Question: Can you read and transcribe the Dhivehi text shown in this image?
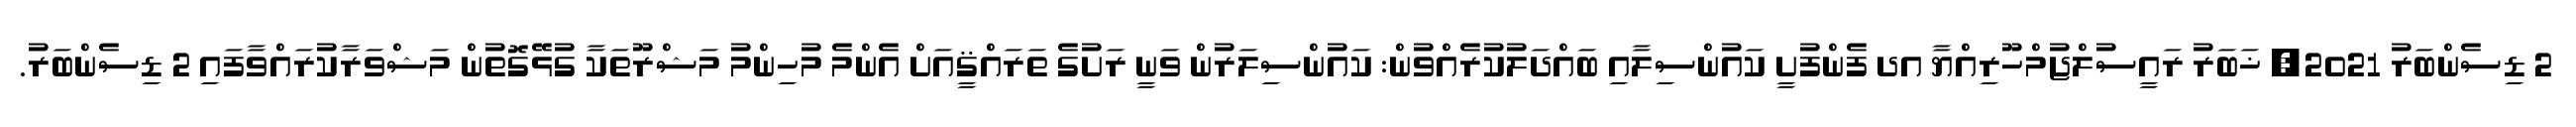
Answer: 2 ޑިސެންބަރު 2021, ޚަބަރު ރައީސުލްޖުމްހޫރިއްޔާ އދ ފެންފުށީ ކައުންސިލާއި ބައްދަލުކުރެއްވުން: ކައުންސިލަރުން ވަނީ ރަށުގެ ތަރައްޤީއަށް އެންމެ މުހިންމު މަޝްރޫތަކާ ގުޅޭގޮތުން މަޝްވަރާކުރައްވާފައި 2 ޑިސެންބަރު.